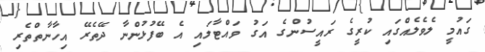
ގައުމީ ލެވެލެއްގައި ކުރީގެ ރައީސުންގެ އަގު ވައްޓާލައި އެ ބޭފުޅުންނާ ދޭތެރޭ އިހާނާތްތެރި